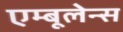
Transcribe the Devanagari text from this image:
एम्बूलेन्स